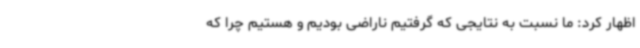
اظهار کرد: ما نسبت به نتایجی که گرفتیم ناراضی بودیم و هستیم چرا که